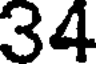
34